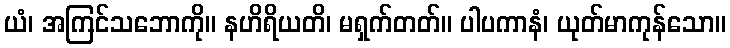
ယံ၊ အကြင်သဘောကို။ နဟိရိယတိ၊ မရှက်တတ်။ ပါပကာနံ၊ ယုတ်မာကုန်သော။